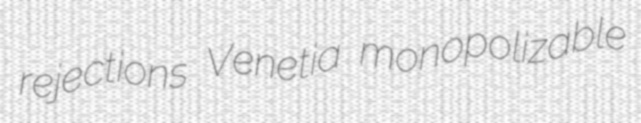
rejections Venetia monopolizable